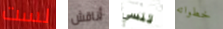
لست أناقش تنسي خطواته